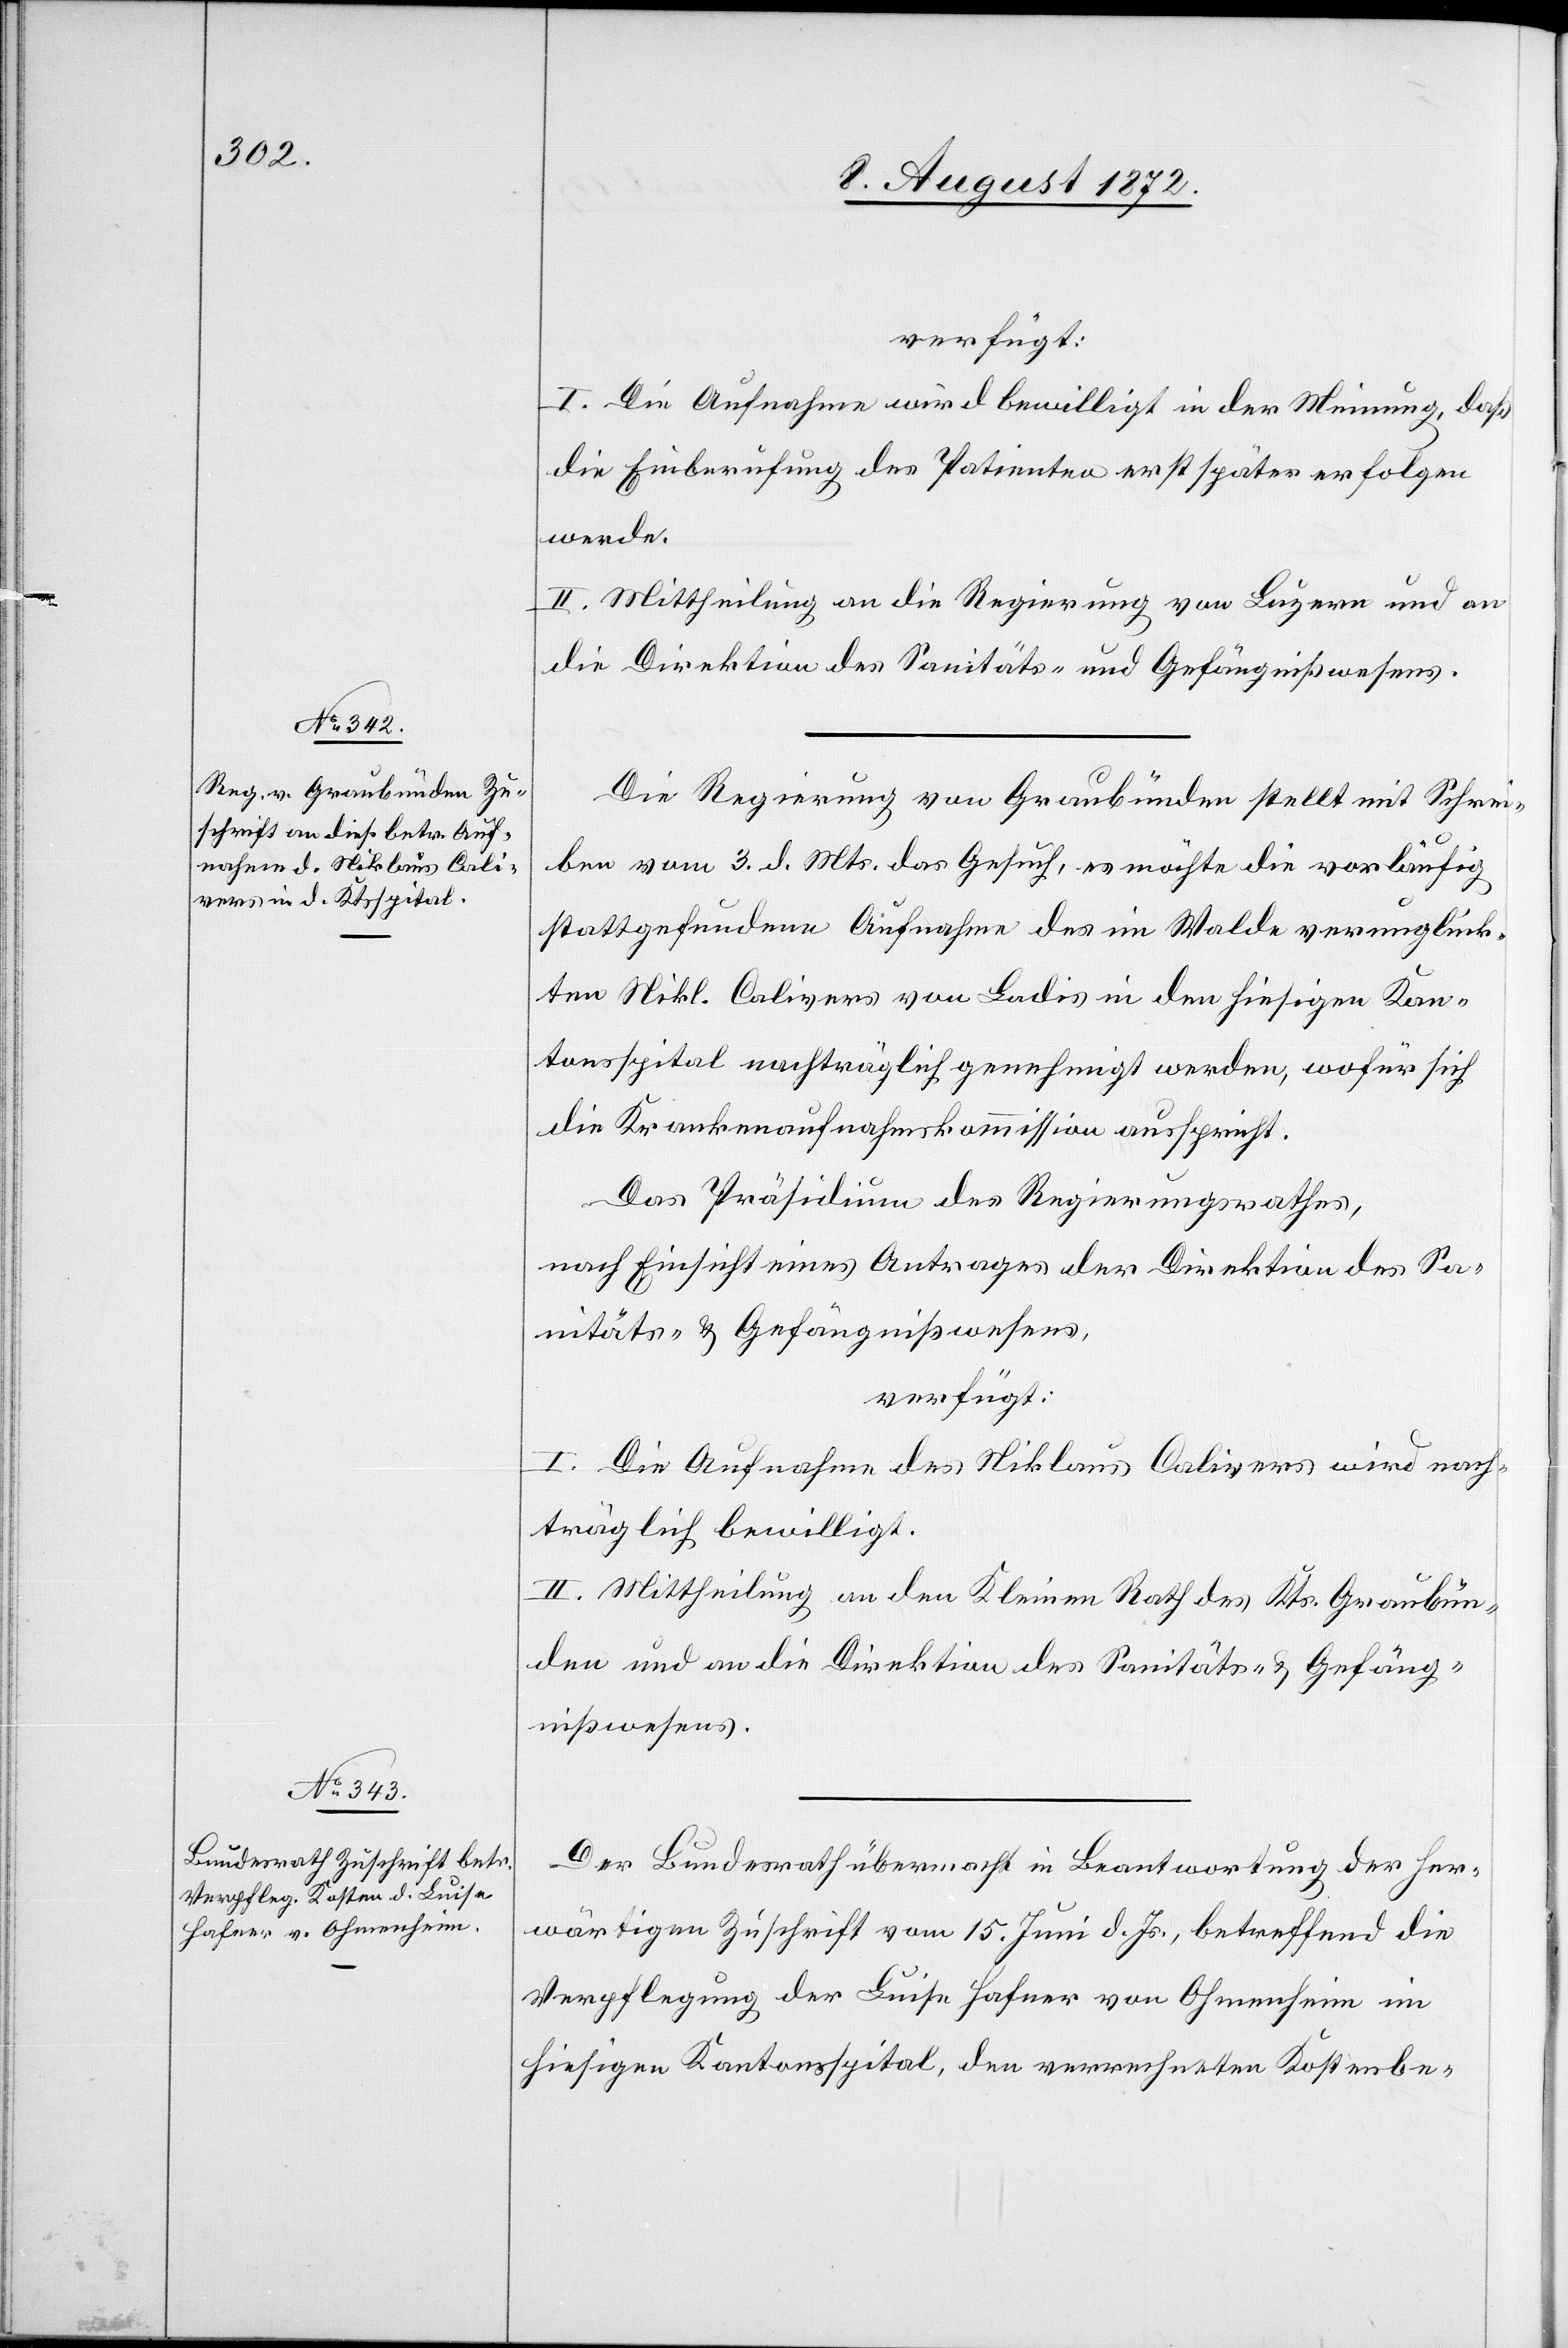
12. August 1872.]
verfügt:
I. Die Aufnahme wird bewilligt in der Meinung, daß
die Einberufung des Patienten erst später erfolgen
werde.
II. Mittheilung an die Regierung von Luzern und an
die Direktion des Sanitäts- u. Gefängnißwesens.
Die Regierung von Graubünden stellt mit Schrei¬
ben vom 3. d. Mts. das Gesuch, es möchte die vorläufig
stattgefundene Aufnahme des im Walde verunglück¬
ten Nikl. Calivers von Ladis in den hiesigen Kan¬
tonsspital nachträglich genehmigt werden, wofür sich
die Krankenaufnahmskommission ausspricht.
Das Präsidium des Regierungsrathes,
nach Einsicht eines Antrages der Direktion des Sa¬
nitäts- u. Gefängnißwesens,
verfügt:
I. Die Aufnahme des Niklaus Calivers wird nach¬
träglich bewilligt.
II. Mittheilung an den Kleinen Rath des Kts. Graubün¬
den und an die Direktion des Sanitäts- u. Gefäng¬
nißwesens.
Der Bundesrath übermacht in Beantwortung der her¬
wärtigen Zuschrift vom 15. Juni d. Js., betreffend die
Verpflegung der Luise Hafner von Ohmenheim im
hiesigen Kantonsspital, den verrechneten Kostenbe-